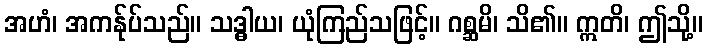
အဟံ၊ အကန်ုပ်သည်။ သဒ္ဓါယ၊ ယုံကြည်သဖြင့်။ ဂစ္ဆမိ၊ သိ၏။ ဣတိ၊ ဤသို့။